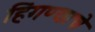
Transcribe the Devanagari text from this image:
हिंगण्याचे